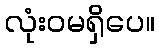
လုံးဝမရှိပေ။